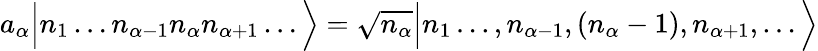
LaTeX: a_{\alpha}{\Big|}n_{1}\ldots n_{\alpha-1}n_{\alpha}n_{\alpha+1}\ldots{\Big\rangle}={\sqrt{n_{\alpha}}}{\Big|}n_{1}\ldots,n_{\alpha-1},(n_{\alpha}-1),n_{\alpha+1},\ldots{\Big\rangle}